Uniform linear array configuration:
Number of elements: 12
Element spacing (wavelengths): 0.75
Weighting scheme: cosine
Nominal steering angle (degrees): -45
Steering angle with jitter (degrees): -43.23
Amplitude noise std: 0.05
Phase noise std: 0.05

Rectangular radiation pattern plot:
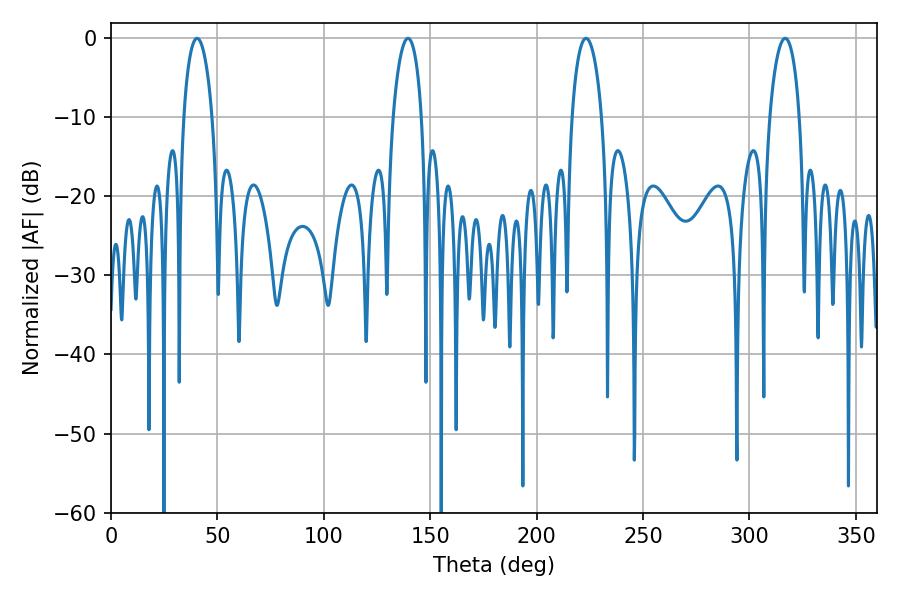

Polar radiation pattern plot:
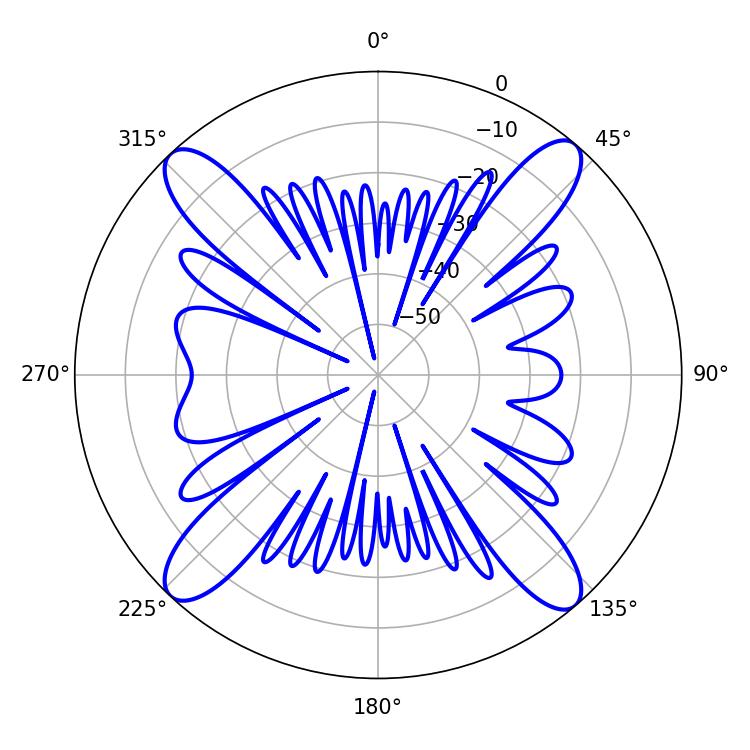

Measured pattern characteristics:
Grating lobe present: TRUE
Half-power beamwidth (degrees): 7.92
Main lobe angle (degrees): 223.2